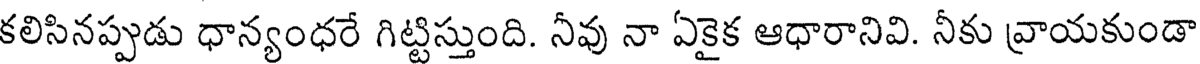
కలిసినప్పుడు ధాన్యంధరే గిట్టిస్తుంది. నీవు నా ఏకైక ఆధారానివి. నీకు వ్రాయకుండా